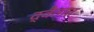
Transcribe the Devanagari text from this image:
द्वैतात